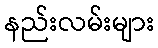
နည်းလမ်းများ